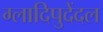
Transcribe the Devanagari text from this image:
ग्लादिपुदेंदल